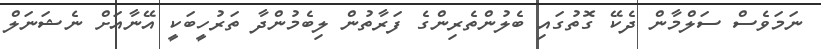
ނަމަވެސް ސަލްމާން ދެކޭ ގޮތުގައި ބެލުންތެރިންގެ ފަރާތުން ލިބެމުންދާ ތަރުހީބަކީ އޭނާއަށް ނެޝަނަލް